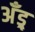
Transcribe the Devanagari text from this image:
अँड्र्